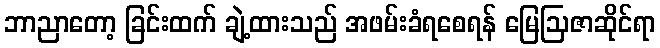
ဘာညာတော့ ခြင်းထက် ချဲ့ထားသည် အဖမ်းခံရစေရန် မြေဩဇာဆိုင်ရာ